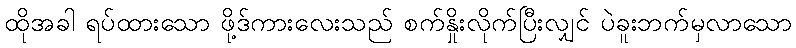
ထိုအခါ ရပ်ထားသော ဖို့ဒ်ကားလေးသည် စက်နှိုးလိုက်ပြီးလျှင် ပဲခူးဘက်မှလာသော